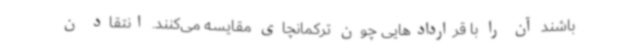
باشند آن را با قراردادهایی چون ترکمانچای مقایسه می‌کنند. انتقاد ن